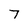
Character: 7